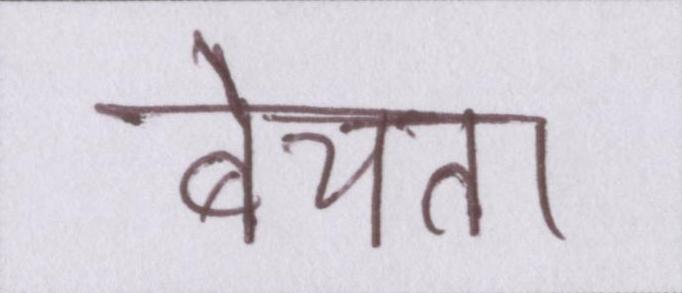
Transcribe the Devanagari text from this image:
बेचता